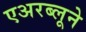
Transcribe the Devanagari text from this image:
एअरब्लूने